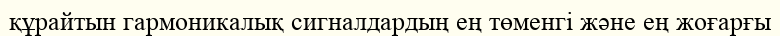
құрайтын гармоникалық сигналдардың ең төменгі және ең жоғарғы